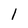
Character: 1